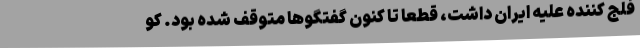
فلج کننده علیه ایران داشت، قطعا تا کنون گفتگوها متوقف شده بود. کو